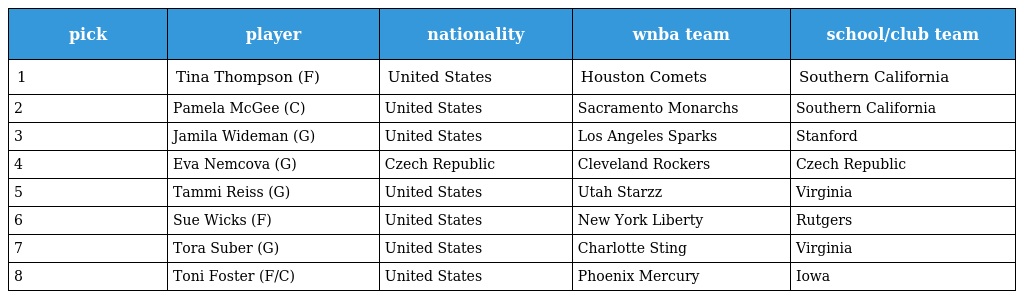
| pick | player | nationality | wnba team | school/club team |
 | --- | --- | --- | --- | --- |
 | 1 | Tina Thompson (F) | United States | Houston Comets | Southern California |
 | 2 | Pamela McGee (C) | United States | Sacramento Monarchs | Southern California |
 | 3 | Jamila Wideman (G) | United States | Los Angeles Sparks | Stanford |
 | 4 | Eva Nemcova (G) | Czech Republic | Cleveland Rockers | Czech Republic |
 | 5 | Tammi Reiss (G) | United States | Utah Starzz | Virginia |
 | 6 | Sue Wicks (F) | United States | New York Liberty | Rutgers |
 | 7 | Tora Suber (G) | United States | Charlotte Sting | Virginia |
 | 8 | Toni Foster (F/C) | United States | Phoenix Mercury | Iowa |